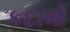
કદાવો